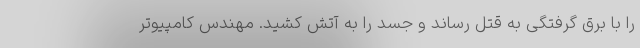
را با برق گرفتگی به قتل رساند و جسد را به آتش کشید. مهندس کامپیوتر